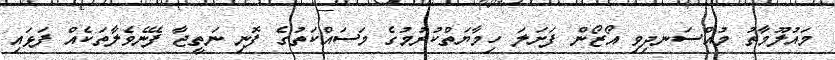
މައުލޫމާތު މުއްސަނދިވި އޯޒޯން ފަށަލަ ހިމާޔަތްކުރުމުގެ މަސައްކަތުގެ ފޮނި ނަތީޖާ ފެނޭވެލާތަކެއް ފަޅައި